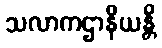
သလာကဌာနိယန္တိ